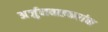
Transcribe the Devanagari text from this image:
अर्जुनवाडकरांचा